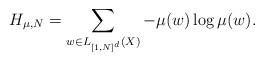
LaTeX: \begin{align*} H_{\mu,N} = \sum_{w \in L_{[1,N]^d}(X)} - \mu(w) \log \mu(w).\end{align*}